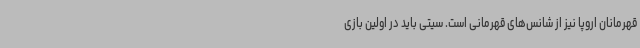
قهرمانان اروپا نیز از شانس‌های قهرمانی است. سیتی باید در اولین بازی